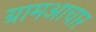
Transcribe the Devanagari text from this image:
ग्रामआचार